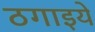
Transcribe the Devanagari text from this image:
ठगाइये